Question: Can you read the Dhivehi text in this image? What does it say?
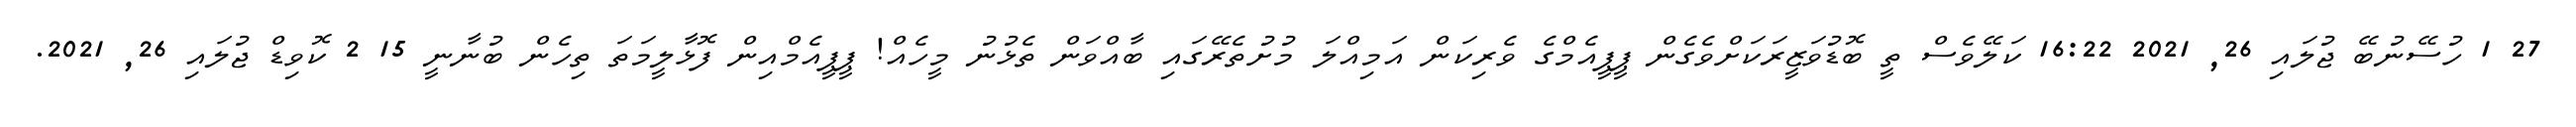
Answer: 27 1 ހުސޭނުބޭ ޖުލައި 26, 2021 16:22 ކަލޭވެސް ތީ ބޮޑުވަޒީރަކަށްވެގެން ޕީޕީއެމްގެ ވެރިކަން އަމިއްލަ މުށުތެރޭގައި ބާއްވަން ތެޅުނު މީހެއް! ޕީޕީއެމްއިން ފޮޅާލީމަތަ ތިހެން ބުނާނީ 15 2 ކޮވިޑް ޖުލައި 26, 2021.